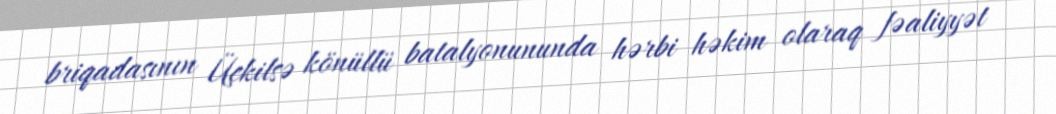
briqadasının Üçkilsə könüllü batalyonununda hərbi həkim olaraq fəaliyyət